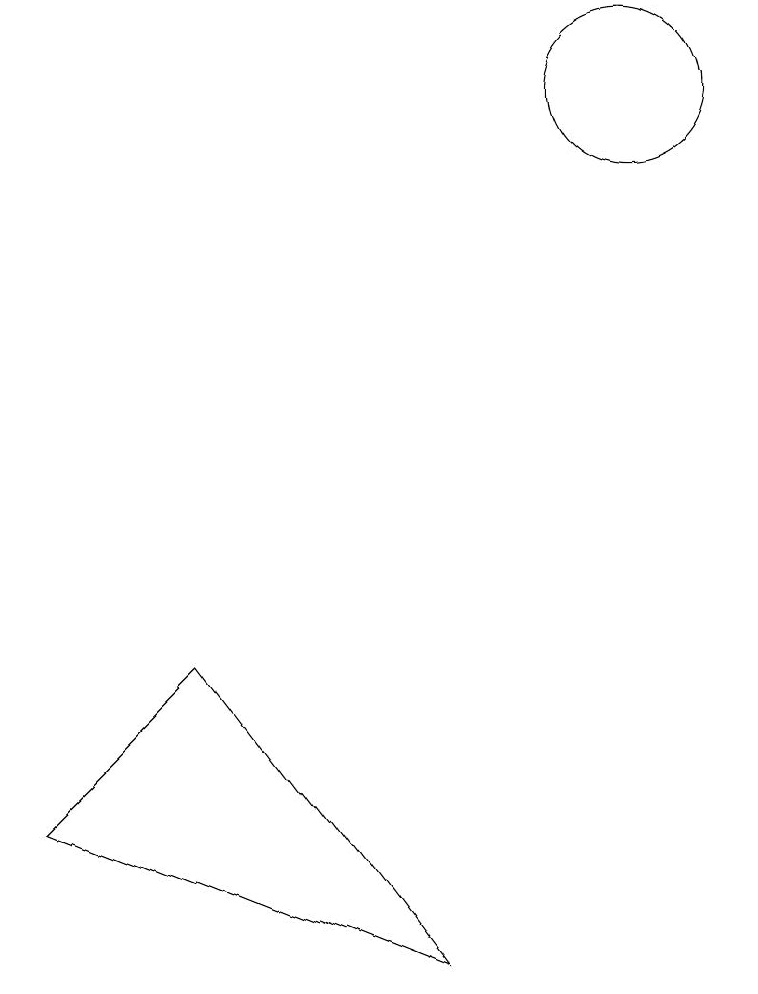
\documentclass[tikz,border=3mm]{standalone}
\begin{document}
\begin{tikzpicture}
\draw (4,4) -- (2,2) -- (7,0) -- cycle;
\draw (10,11) circle (1);
\draw (11,10) circle (0);
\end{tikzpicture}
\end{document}